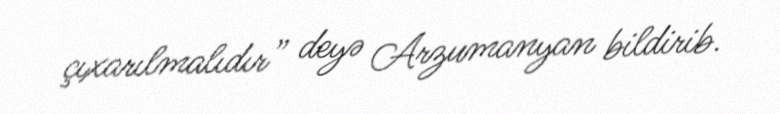
çıxarılmalıdır” deyə Arzumanyan bildirib.